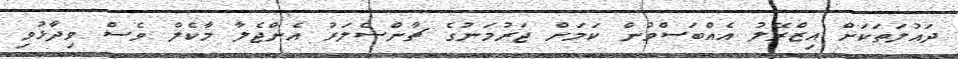
ދައުލަތަކަށް އިޒްރޭލު އެއްބަސްވުން ކަމަށް ޖަރުމަނުގެ ޗާންސެލަރު އެންޖެލާ މާކެލް ވެސް ވިދާޅުވި